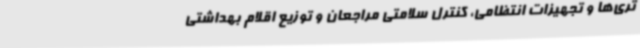
تری‌ها و تجهیزات انتظامی، کنترل سلامتی مراجعان و توزیع اقلام بهداشتی